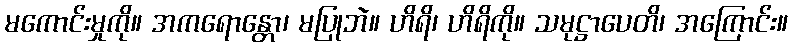
မကောင်းမှုကို။ အကရောန္တော၊ မပြုဘဲ။ ဟိရိ၊ ဟိရိကို။ သမုဋ္ဌာပေတိ၊ အကြောင်း။